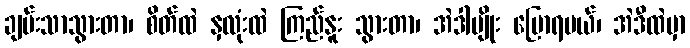
ချမ်းသာသွားတာ၊ စိတ်ထဲ နှလုံးထဲ ကြည်နူး သွားတာ၊ အဲဒါမျိုး ပြောရမယ်၊ အဲဒီထဲမှာ